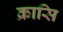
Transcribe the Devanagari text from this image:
क्रासि